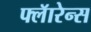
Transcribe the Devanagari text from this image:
फ्लॅारेन्स